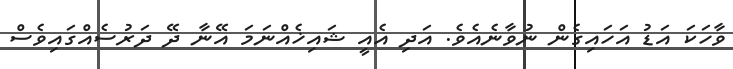
ވާހަކަ އަޑު އަހައިގެން ނުވާނެއެވެ. އަދި އެއީ ޝައިޚެއްނަމަ އޭނާ ދޭ ދަރުސެއްގައިވެސް